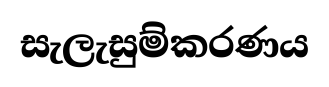
සැලැසුම්කරණය